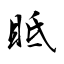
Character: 眡